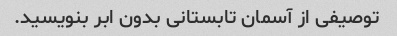
توصیفی از آسمان تابستانی بدون ابر بنویسید.